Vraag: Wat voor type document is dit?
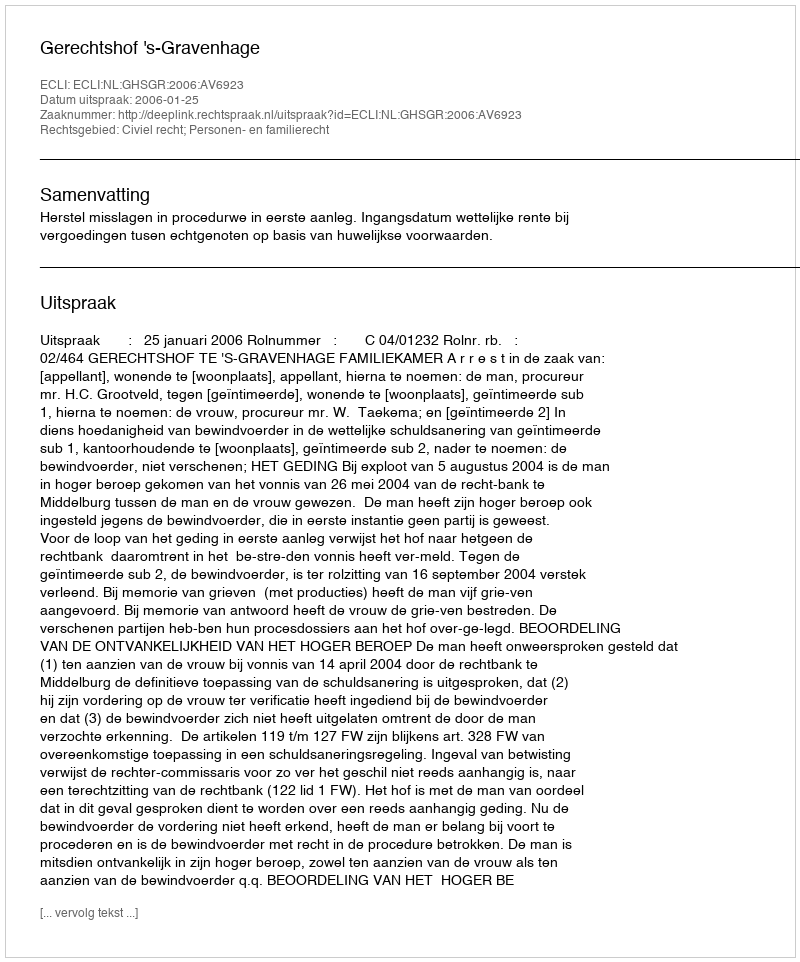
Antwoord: Uitspraak